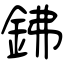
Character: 鉘